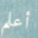
أعلم